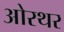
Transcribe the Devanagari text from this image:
ओरथर